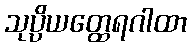
သုပ္ပိယတ္ထေရဂါထာ